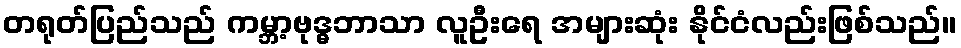
တရုတ်ပြည်သည် ကမ္ဘာ့ဗုဒ္ဓဘာသာ လူဦးရေ အများဆုံး နိုင်ငံလည်းဖြစ်သည်။